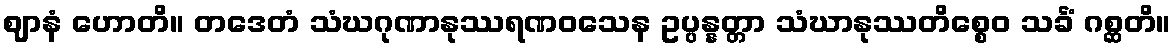
ဈာနံ ဟောတိ။ တဒေတံ သံဃဂုဏာနုဿရဏဝသေန ဥပ္ပန္နတ္တာ သံဃာနုဿတိစ္စေဝ သင်္ခံ ဂစ္ဆတိ။